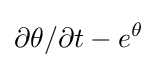
\partial \theta /\partial t-e^{\theta }